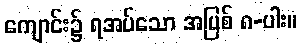
ကျောင်း၌ ရအပ်သော အပြစ် ၈-ပါး။